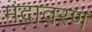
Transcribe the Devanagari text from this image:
मंदावरण